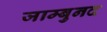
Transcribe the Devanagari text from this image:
जाम्बुनद